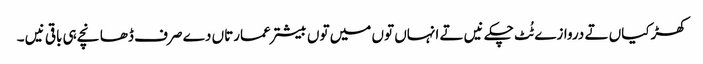
کھڑکیاں تے دروازے ٹُٹ چکے نیں تے انہاں تو‏ں میں تو‏ں بیشتر عمارتاں دے صرف ڈھانچے ہی باقی نیں ۔